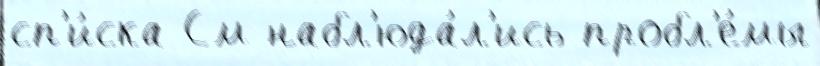
сп'и́ска См набл'юда́л'ись пробл'е́мы